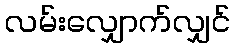
လမ်းလျှောက်လျှင်